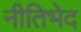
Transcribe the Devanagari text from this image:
नीतिभेद